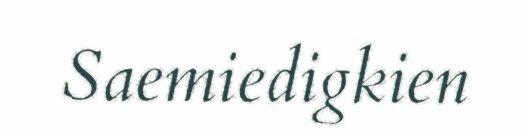
Saemiedigkien